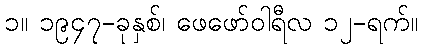
၁။ ၁၉၄၇-ခုနှစ်၊ ဖေဖော်ဝါရီလ ၁၂-ရက်။